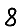
Digit: 8